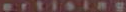
ertising